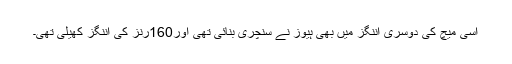
اسی میچ کی دوسری اننگز میں بھی ہیوز نے سنچری بنائی تھی اور160رنز کی اننگز کھیلی تھی۔